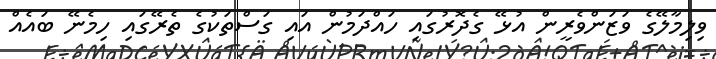
ވިލިމާލޭގެ ވަޒަންވެރީން އުޅޭ ގެދޮރުގައި ހައްދަމުން އައި ގަސްތަކުގެ ތެރޭގައި ހިމެނޭ ބައެއް